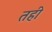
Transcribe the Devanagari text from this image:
तही